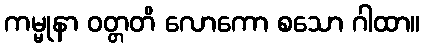
ကမ္မုနာ ဝတ္တတိ လောကော စသော ဂါထာ။